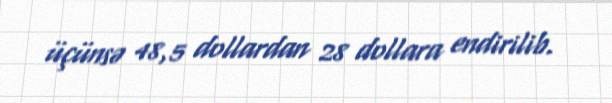
üçünsə 48,5 dollardan 28 dollara endirilib.